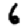
Digit: 6